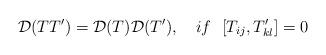
LaTeX: \begin{align*}{\cal D}(TT')={\cal D}(T){\cal D}(T'),\ \ \ if \ \ [T_{ij},T'_{kl}]=0\end{align*}